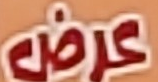
عرض